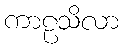
ကာဠသိလာ